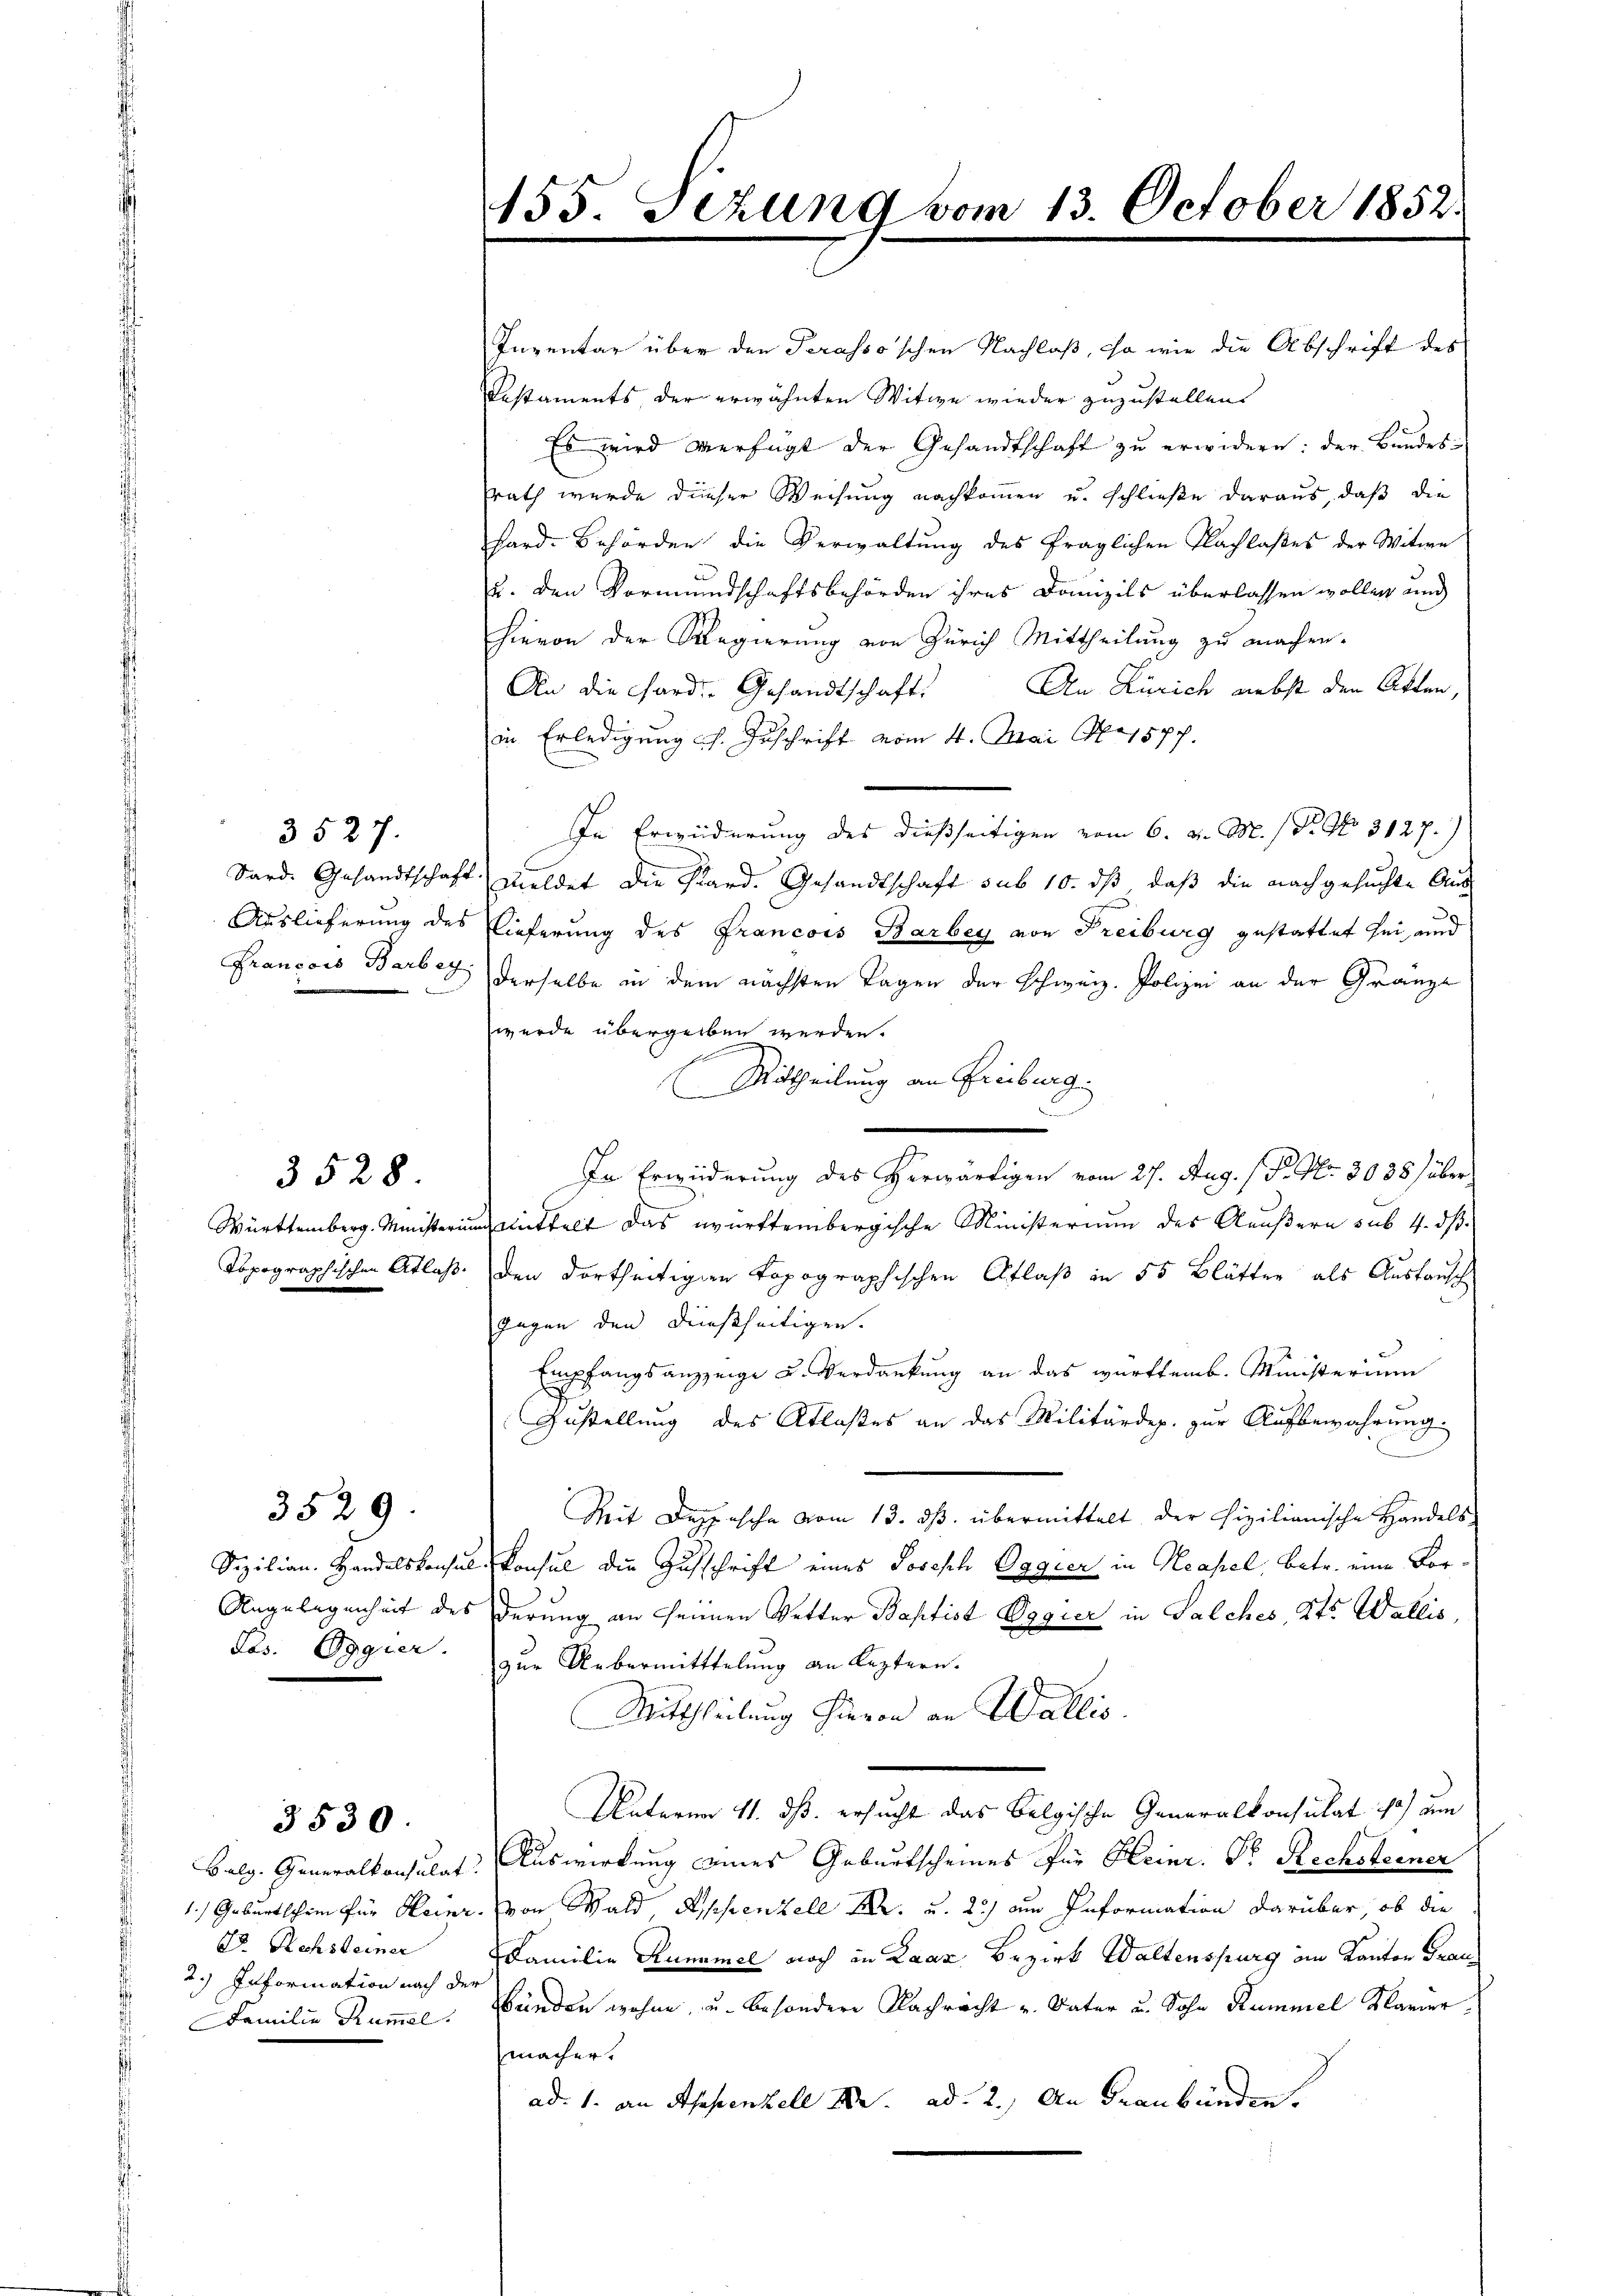
Inventar über den Serasso'schen Nachloß, so wie die Abschrift des
Testaments, der erwähnten Witwe wieder zuzustellen.
Es wird verfügt der Gesandtschaft zu erwidern: der Bundes-
rath wurde dieser Weisung nachkommen u. schließe daraus, daß die
hard-Behörden die Verwaltung des fraglichen Nachlaßes der Witwe
u. den Vormundschaftsbehörden ihres Domizils überlassen wollen und
hievon der Regierung von Zürich Mittheilung zu machen.
An die Sard. Gesandtschaft. An Zürich nebst den Atten,
in Erledigung s. Zuschrift vom 4. Mai N. 1577.
In Erwiderung des dießseitigen vom 6. d. M. / Nr. No. 3127.)
Sard. Gesandtschaft meldet die Stard. Gesandtschaft sub 10. ds, daß die nachgesuchte Aus¬
F
Auslieferung des Lieferung des Francois Barbey von Freiburg gestattet sei, und
Francois Barbey derselbe in dem nächsten Tagen der Schweiz. Polizei an der Gränze
wurde übergelben werden.
Mittheilung an Freiburg.
In Erwiederung des Herwärtigen vom 27. Aug. / P. Nr. 3038) über
Württemberg. Ministerium mittelt das württembergische Ministerium des Aeußern sub. 4. dß
Topographischen Atlas den dortheiligen Topographischen Aflaß in 55 Blätter als Austausch
gegen den dießseitigen.
Empfangsanzzeige u. Verdankung an das württemb. Ministerium
Zustellung des Atlasses an das Militärdep. zur Aufbewahrung.
3529
Zeit Deppische vom 13. ds. übermittelt der fizilianische Handels-
Sizilian. Handelskonsul Konsul die Zuschrift eines Joseph Oggier in Neapel, betr. eine For¬
Angelegenheit des derung an seinen Vetter Baptist Oggier in Salches, Kts. Wallis,
Ts. Oggier. zŭr Uebermittelŭng an leztern.
Mittheilung hievon an Wallis.
Unteren 11. dß. ersucht das Belgische Generalkonsultat 10) um
3530
Balg. Generalkonsulat: Auswirkung eines Geburtscheines für Heinr. Dr. Rechsterner
1.) Geburtschein für Meier. von Wald, Appenzell M. u. 2) am Information darüber, ob die
B. Rechsteiner
Familie Kummel noch in Laaz Bezirk Waltenspurg im Kanton Trau
2.) Information nach der
Familie Rumel. Bunden wohne u. besondere Nachricht u. Vater u. Sohn Rummel Klavier
macher.
ad: 1. an Appenzell A. ad 2.) An Graubünden.

d

3527.

3528

155. Dezung vom 13. October 1852.